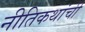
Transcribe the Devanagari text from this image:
नीतिकथांची